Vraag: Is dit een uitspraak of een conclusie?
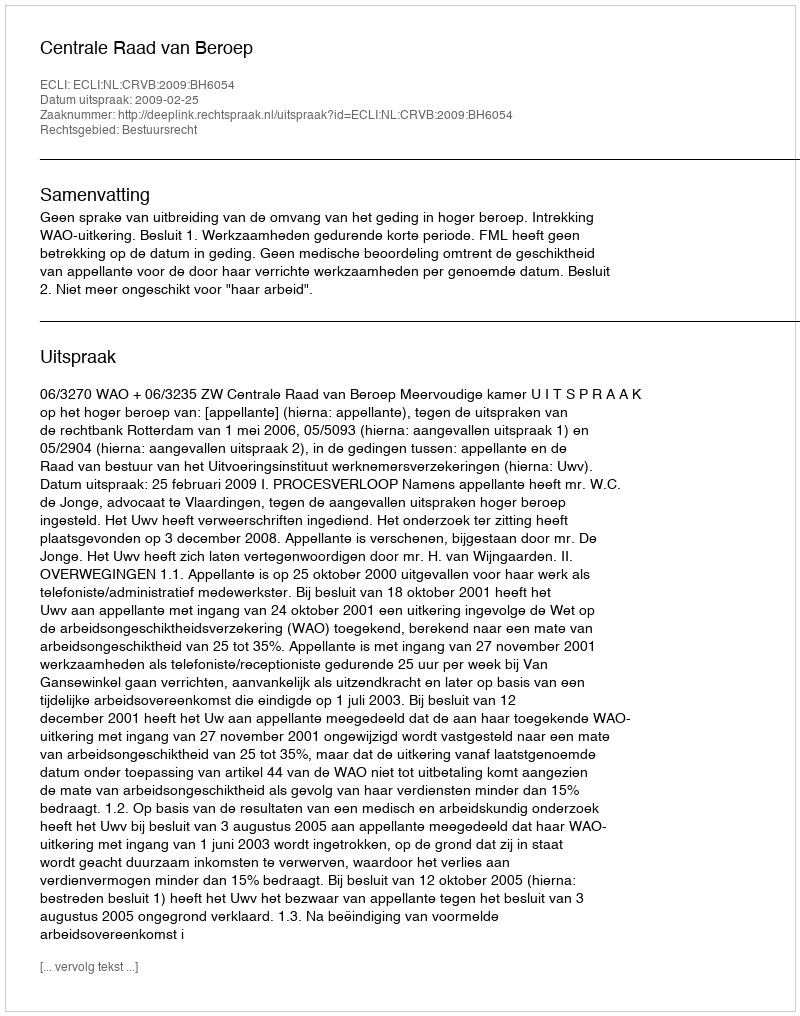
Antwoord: Uitspraak